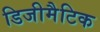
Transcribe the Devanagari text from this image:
डिजीमैटिक